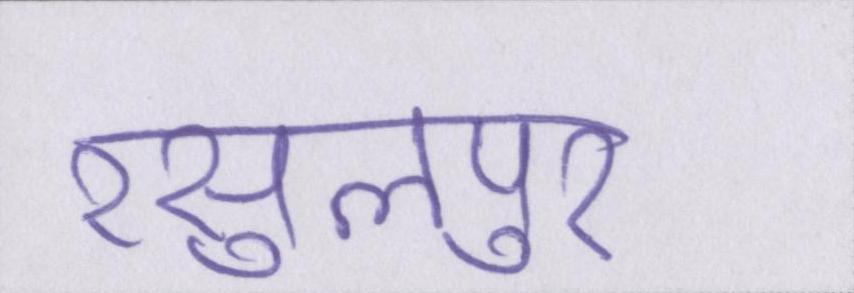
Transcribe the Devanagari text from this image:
रसुलपुर